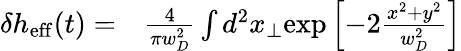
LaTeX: \begin{array}{rl}{\delta h_{\mathrm{eff}}(t)=}&{{}\frac{4}{\pi w_{D}^{2}}\int d^{2}x_{\perp}\mathrm{exp}\left[-2\frac{x^{2}+y^{2}}{w_{D}^{2}}\right]}\end{array}